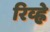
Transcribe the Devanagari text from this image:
रिव्ह्ने